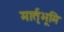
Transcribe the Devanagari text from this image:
मार्तृभूमि